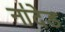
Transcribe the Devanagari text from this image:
ना॑देड